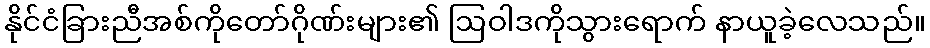
နိုင်ငံခြားညီအစ်ကိုတော်ဂိုဏ်းများ၏ ဩဝါဒကိုသွားရောက် နာယူခဲ့လေသည်။